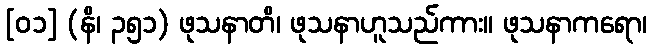
[၀၁] (နိ၊ ၃၅၁) ဖုသနာတိ၊ ဖုသနာဟူသည်ကား။ ဖုသနာကရော၊